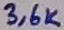
Text: 3,6K